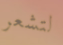
لتشعر